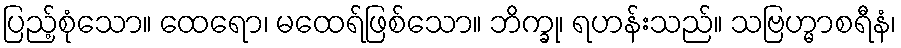
ပြည့်စုံသော။ ထေရော၊ မထေရ်ဖြစ်သော။ ဘိက္ခု၊ ရဟန်းသည်။ သဗြဟ္မာစရီနံ၊